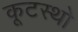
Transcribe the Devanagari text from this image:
कूटस्थो